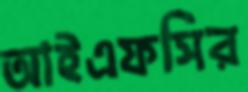
আইএফসির